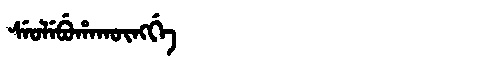
Manchu: ᠰᡝᠣᠯᡝᠪᡠᡥᠠᡴᡡᠩᡤᡝ
Romanization: SEOLEBUHAKŪNGGE